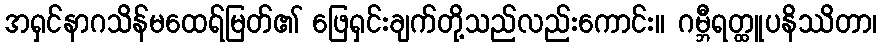
အရှင်နာဂသိန်မထေရ်မြတ်၏ ဖြေရှင်းချက်တို့သည်လည်းကောင်း။ ဂမ္ဘီရတ္ထူပနိဿိတာ၊